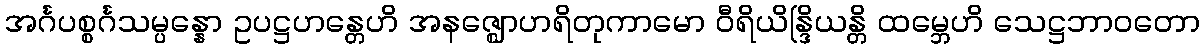
အင်္ဂပစ္စင်္ဂသမ္ပန္နော ဥပဋ္ဌဟန္တေဟိ အနဇ္ဈောဟရိတုကာမော ဝီရိယိန္ဒြိယန္တိ ထမ္ဘေဟိ သေဋ္ဌဘာဝတော